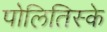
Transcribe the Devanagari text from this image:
पोलितिस्के